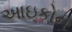
આઇકોન